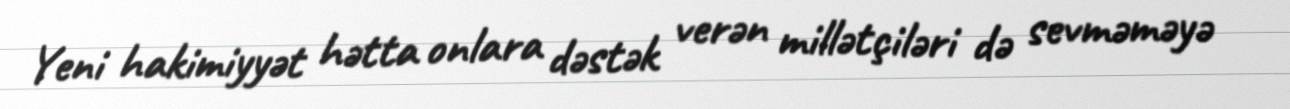
Yeni hakimiyyət hətta onlara dəstək verən millətçiləri də sevməməyə